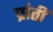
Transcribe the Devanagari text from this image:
प्रांतीं